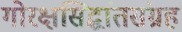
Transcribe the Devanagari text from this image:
गोरक्षसिद्धांतसंग्रह